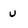
Character: U